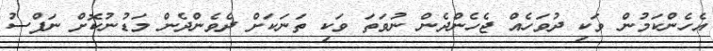
އެހެންކަމުން ވަކި ދުވަހެއް ޖެހެންދެން ނުވަތަ ވަކި ތަނަކަށް ދެވެންދެން މަޑުނުކޮށް ނަފްސު